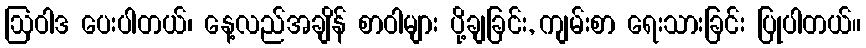
ဩဝါဒ ပေးပါတယ်၊ နေ့လည်အချိန် စာဝါများ ပို့ချခြင်း, ကျမ်းစာ ရေးသားခြင်း ပြုပါတယ်။